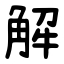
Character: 解